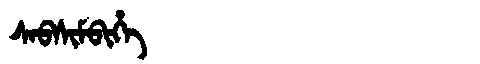
Manchu: ᠰᠠᠪᠰᡳᠮᠪᡳᡥᡝ
Romanization: SABSIMBIHE